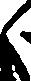
く